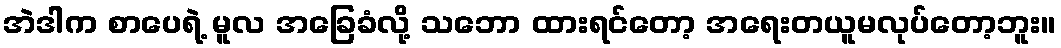
အဲဒါက စာပေရဲ့ မူလ အခြေခံလို့ သဘော ထားရင်တော့ အရေးတယူမလုပ်တော့ဘူး။